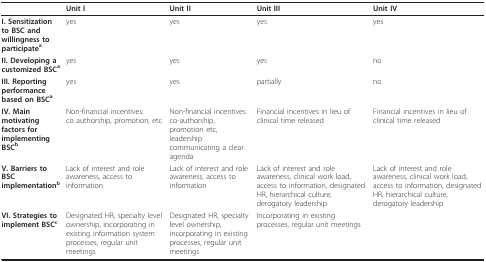
<table><thead><tr><td></td><td><b>Unit I</b></td><td><b>Unit II</b></td><td><b>Unit III</b></td><td><b>Unit IV</b></td></tr></thead><tbody><tr><td><b>I. Sensitization to BSC and willingness to participate<sup>a</sup></b></td><td>yes</td><td>yes</td><td>yes</td><td>yes</td></tr><tr><td><b>II. Developing a customized BSC<sup>a</sup></b></td><td>yes</td><td>yes</td><td>yes</td><td>no</td></tr><tr><td><b>III. Reporting performance based on BSC<sup>a</sup></b></td><td>yes</td><td>yes</td><td>partially</td><td>no</td></tr><tr><td><b>IV. Main motivating factors for implementing BSC<sup>b</sup></b></td><td>Non-financial incentives:co authorship, promotion, etc</td><td>Non-financial incentives:co-authorship, promotion etc, leadership communicating a clear agenda</td><td>Financial incentives in lieu of clinical time released</td><td>Financial incentives in lieu of clinical time released</td></tr><tr><td><b>V. Barriers to BSC implementation<sup>b</sup></b></td><td>Lack of interest and role awareness, access to information</td><td>Lack of interest and role awareness, access to information</td><td>Lack of interest and role awareness, clinical work load, access to information, designated HR, hierarchical culture, derogatory leadership</td><td>Lack of interest and role awareness, clinical work load, access to information, designated HR, hierarchical culture, derogatory leadership</td></tr><tr><td><b>VI. Strategies to implement BSC<sup>c</sup></b></td><td>Designated HR, specialty level ownership, incorporating in existing information system processes, regular unit meetings</td><td>Designated HR, specialty level ownership, incorporating in existing processes, regular unit meetings</td><td>Incorporating in existing processes, regular unit meetings</td><td></td></tr></tbody></table>